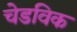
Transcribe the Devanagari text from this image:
चेडविक